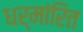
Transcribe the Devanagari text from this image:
धर्मांरित